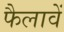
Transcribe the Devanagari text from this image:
फैलावें